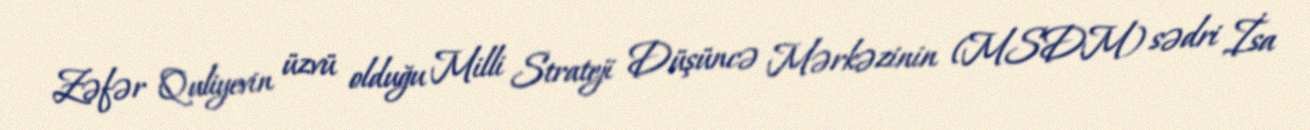
Zəfər Quliyevin üzvü olduğu Milli Strateji Düşüncə Mərkəzinin (MSDM) sədri İsa